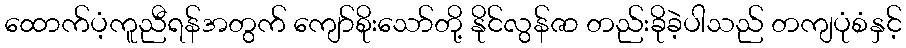
ထောက်ပံ့ကူညီရန်အတွက် ကျော်စိုးသော်တို့ နိုင်လွန်ဇာ တည်းခိုခဲ့ပါသည် တကျပုံစံနှင့်